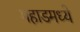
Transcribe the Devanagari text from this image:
महाडमध्ये